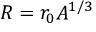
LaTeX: R = r _ { 0 } A ^ { 1 / 3 }